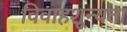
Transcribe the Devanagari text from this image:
विवाहशून्यता